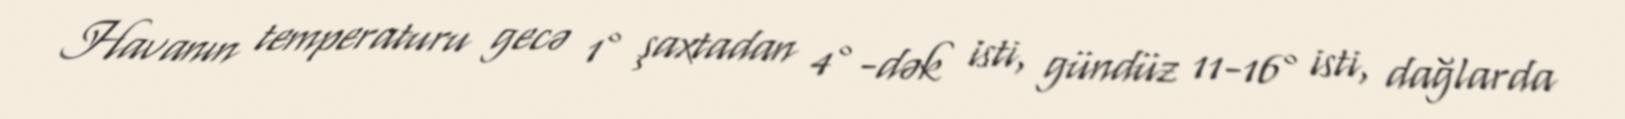
Havanın temperaturu gecə 1° şaxtadan 4°-dək isti, gündüz 11-16° isti, dağlarda